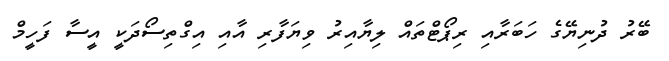
ބޭރު ދުނިޔޭގެ ހަބަރާއި ރިޕޯޓްތައް ލިޔާއިރު ވިޔަފާރި އާއި އިގްތިސޯދަކީ އީސާ ފަހީމް